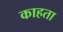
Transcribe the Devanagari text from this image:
काहता